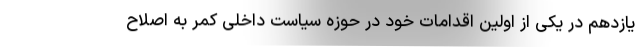
یازدهم در یکی از اولین اقدامات خود در حوزه سیاست داخلی کمر به اصلاح